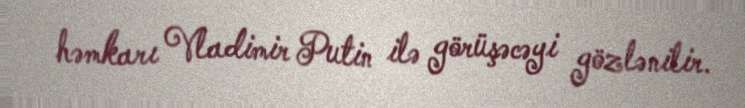
həmkarı Vladimir Putin ilə görüşəcəyi gözlənilir.